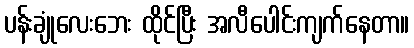
ပန်းချုံလေးဘေး ထိုင်ပြီး အလီပေါင်းကျက်နေတာ။